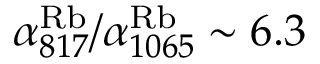
\alpha _ { 8 1 7 } ^ { \mathrm { R b } } / \alpha _ { 1 0 6 5 } ^ { \mathrm { R b } } \sim 6 . 3